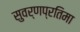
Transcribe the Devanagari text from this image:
सुवर्णप्रतिमा